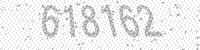
Solution: 618162